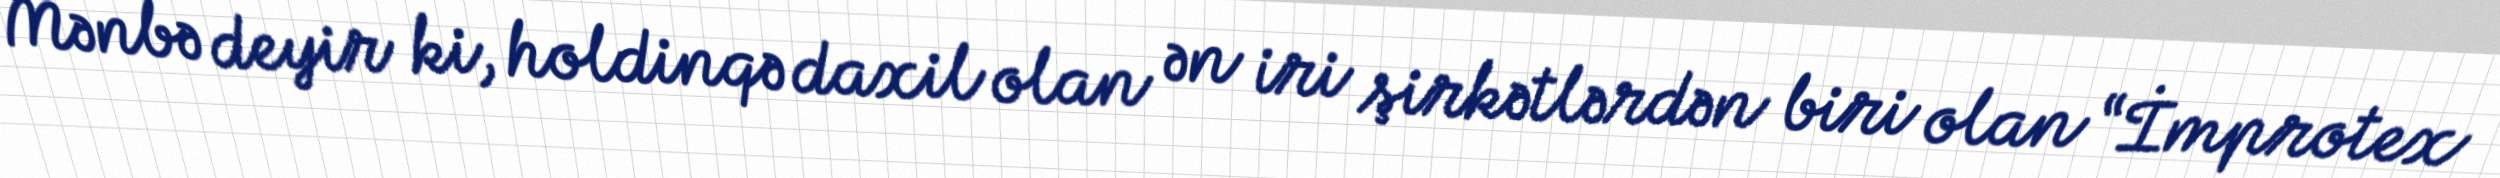
Mənbə deyir ki, holdinqə daxil olan ən iri şirkətlərdən biri olan “İmprotex